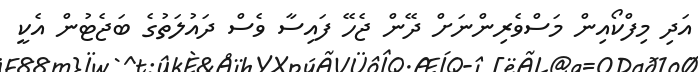
އަދި މިފްކޯއިން މަސްވެރިންނަށް ދޭން ޖެހޭ ފައިސާ ވެސް ދައުލަތުގެ ބަޖެޓުން އެކީ